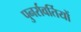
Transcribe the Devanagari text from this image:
पुनर्रावर्तियों